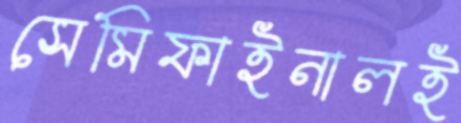
সেমিফাইনালই